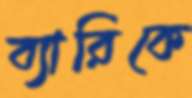
ব্যারিকে